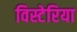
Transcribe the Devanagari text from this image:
विस्टेरिया